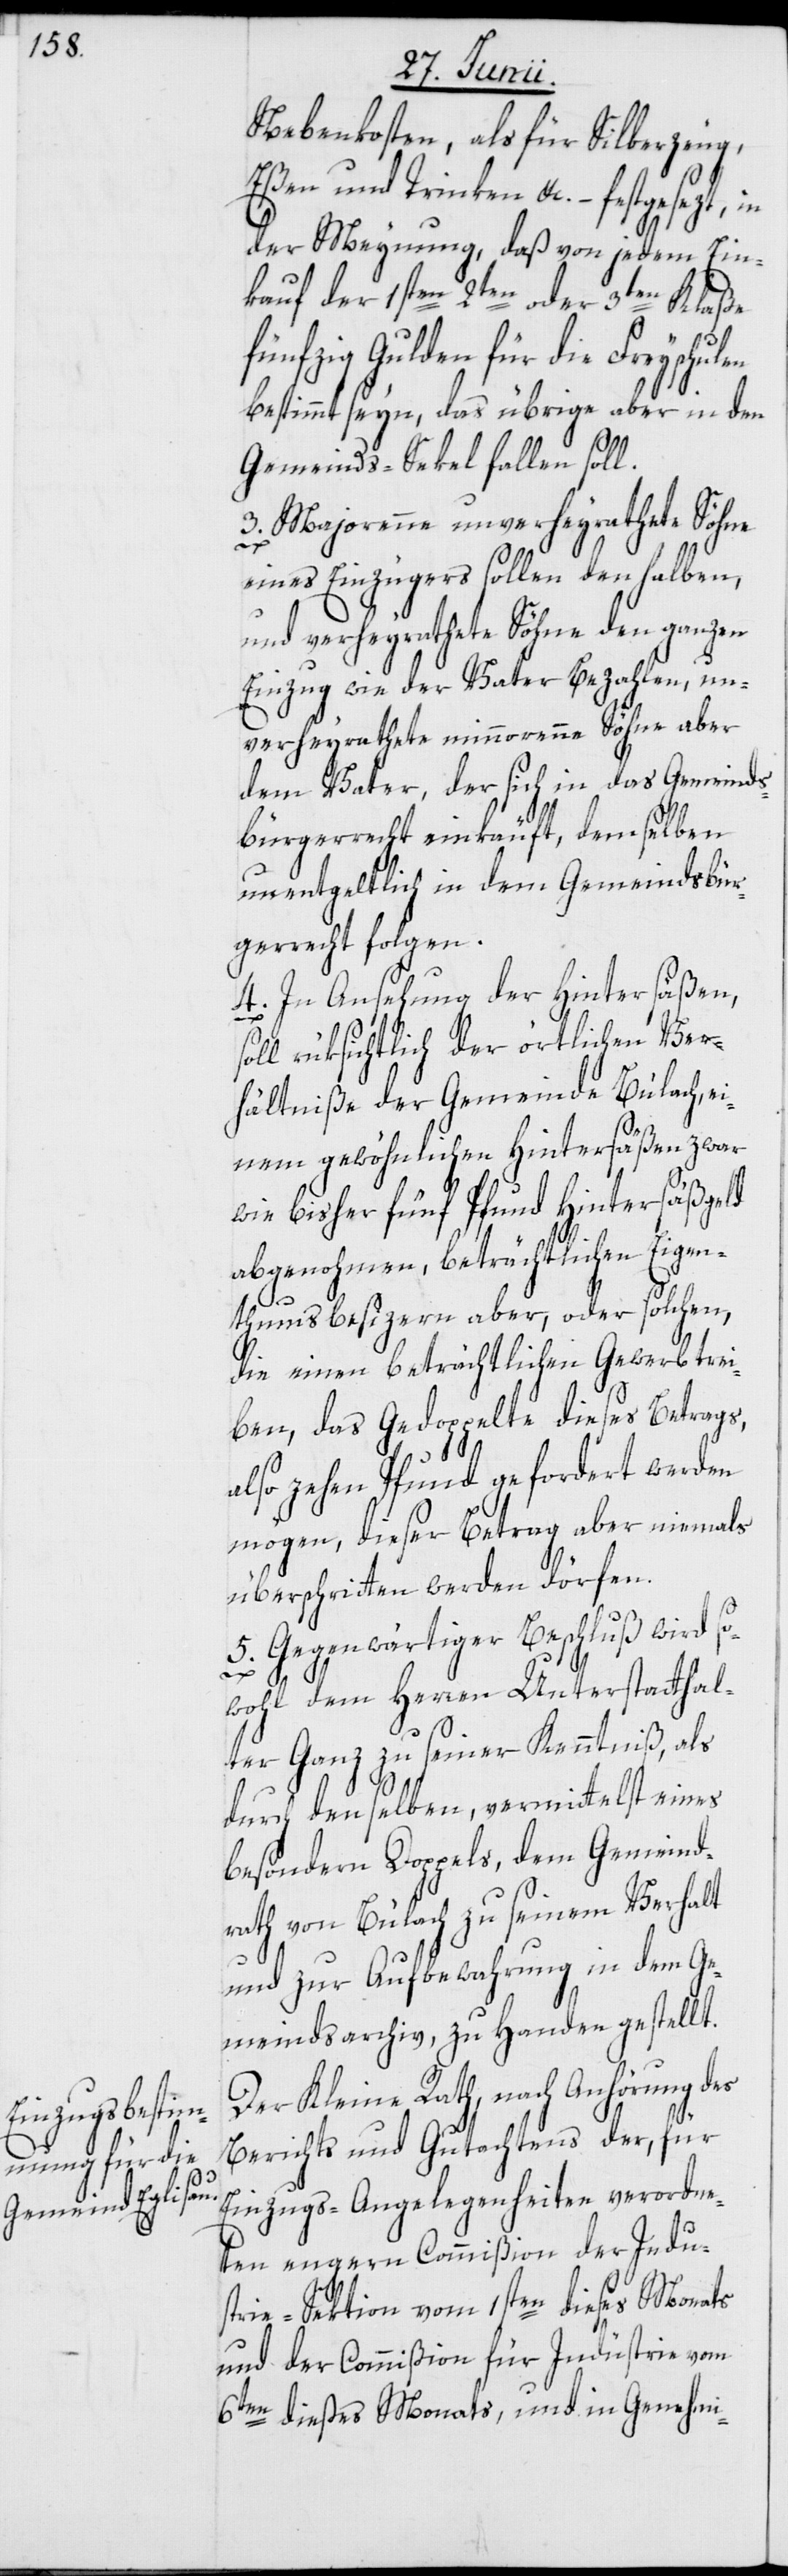
Nebenkosten, als für Silberzeug,
Eßen und Trinken etc. – festgesezt, in
der Meynung, daß von jedem Ein¬
kauf der 1sten[,] 2ten oder 3ten Klaße
fünfzig Gulden für die Freyschulen
bestimmt seyn, das übrige aber in den
Gemeinds-Sekel fallen soll.
3. Majorenne unverheyrathete Söhn¬
s¬
eines Einzügers sollen den halben,
und verheyrathete Söhne den ganzen
Einzug wie der Vater Bezahlen, un¬
verheyrathete minnorenne Söhne aber
dem Vater, der sich in das Gemeinds¬
bürgerrecht einkauft, demselben
unentgeltlich in dem Gemeindsbür¬
gerrecht folgen.
4. In Ansehung der Hintersäßen,
oll rüksichtlich der örtlichen Ver¬
hältniße der Gemeinde Bülach, ei¬
nem gewöhnlichen Hintersäßen zwar
wie bisher fünf Pfund Hintersäßgeld
abgenohmen, beträchtlichen Eigen¬
thumsbesizern aber, oder solchen,
die einen beträchtlichen Gewerb trei¬
ben, das Gedoppelte dieses Betrags,
also zehen Pfund gefordert werden
mögen, dieser Betrag aber niemals
überschritten werden dörfen.
5. Gegenwärtiger Beschluß wird so¬
wohl dem Herren Unterstatthal¬
ter Ganz zu seiner Kenntniß, als
durch denselben, vermittelst eines
besondern Doppels, dem Gemeind¬
rath von Bülach zu seinem Verhalt
und zur Aufbewahrung in dem Ge¬
meindsarchiv, zu Handen gestellt.
Der Kleine Rath, nach Anhörung des
Berichts und Gutachtens der, für
Einzugs-Angelegenheiten verordne¬
ten engern Commißion der Indu¬
strie-Sektion vom 1sten dieses Monats
und der Commißion für Industrie vom
6ten dieses Monats, und in Genehmi-